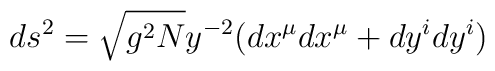
ds^2 = \sqrt{g^2 N}y^{-2} ( dx^\mu dx^\mu + dy^i dy^i )